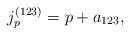
LaTeX: \begin{align*}j_p^{(123)} = p + a_{123},\end{align*}